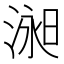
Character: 𱧞